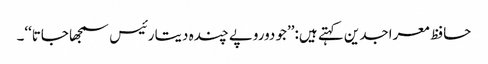
حافظ معراجدین کہتے ہیں:’’جو دوروپے چندہ دیتا رئیس سمجھا جاتا‘‘۔